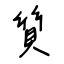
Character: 質